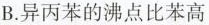
B.异丙苯的沸点比苯高